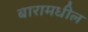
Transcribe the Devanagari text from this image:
बारामधील